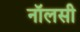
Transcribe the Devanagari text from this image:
नॉलसी